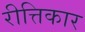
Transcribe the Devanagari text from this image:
रीत्तिकार